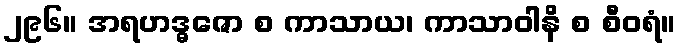
၂၉၆။ အရဟဒ္ဓဇော စ ကာသာယ၊ ကာသာဝါနိ စ စီဝရံ။